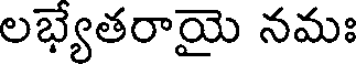
లభ్యేతరాయై నమః